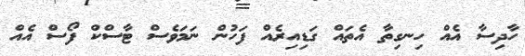
ހާދިސާ އެއް ހިނގިތާ އެތައް ގަޑިއިރެއް ފަހުން ނަމަވެސް ޓާސްކް ފޯސް އެއް